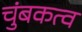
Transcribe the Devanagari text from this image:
चुंबकत्‍व